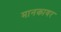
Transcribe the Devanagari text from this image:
मानकावर